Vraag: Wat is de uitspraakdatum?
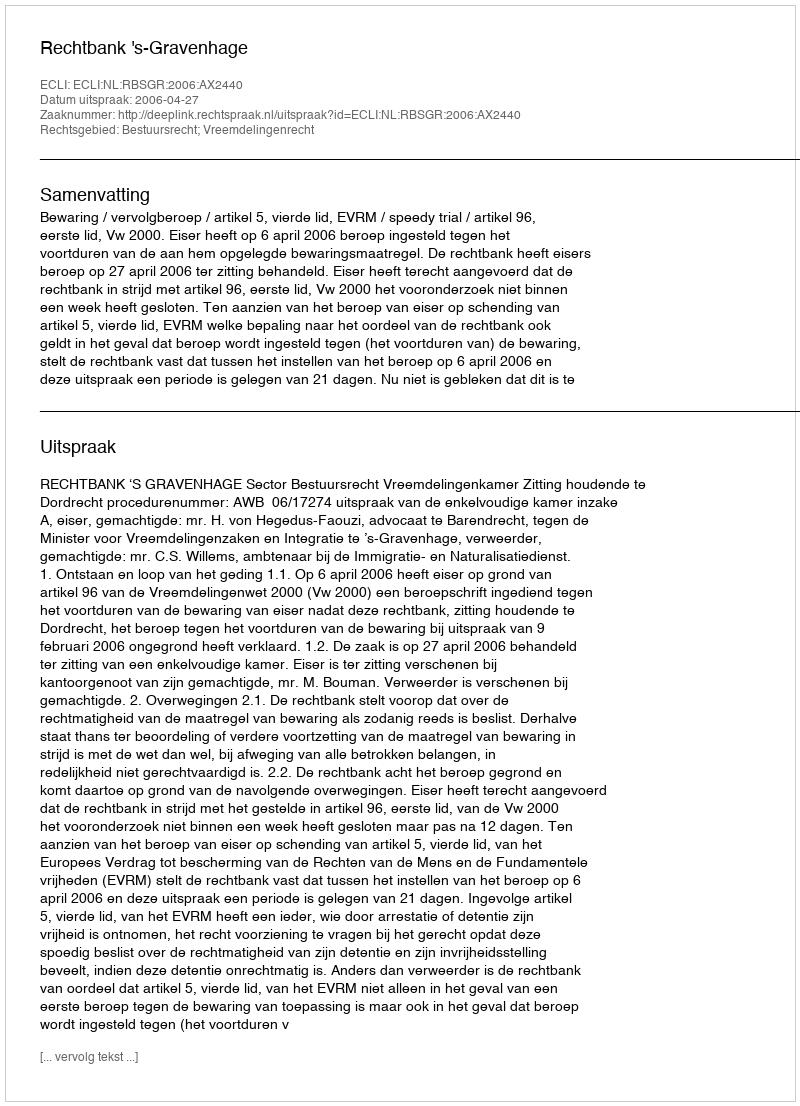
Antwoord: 2006-04-27